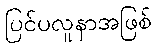
ပြင်ပလူနာအဖြစ်